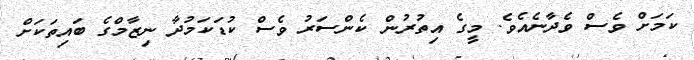
ކަމަށް ވެސް ވެދާނެއެވެ. މީގެ އިތުރުން ކެންސަރު ވެސް ކުޑަކަމުދާ ނިޒާމްގެ ބައިތަކަށް